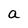
Character: a